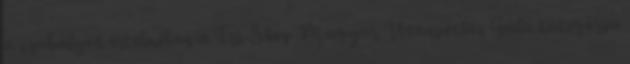
a szabályok értelmében a Tri-Shop Magyar Utánpótlás Gála kategória